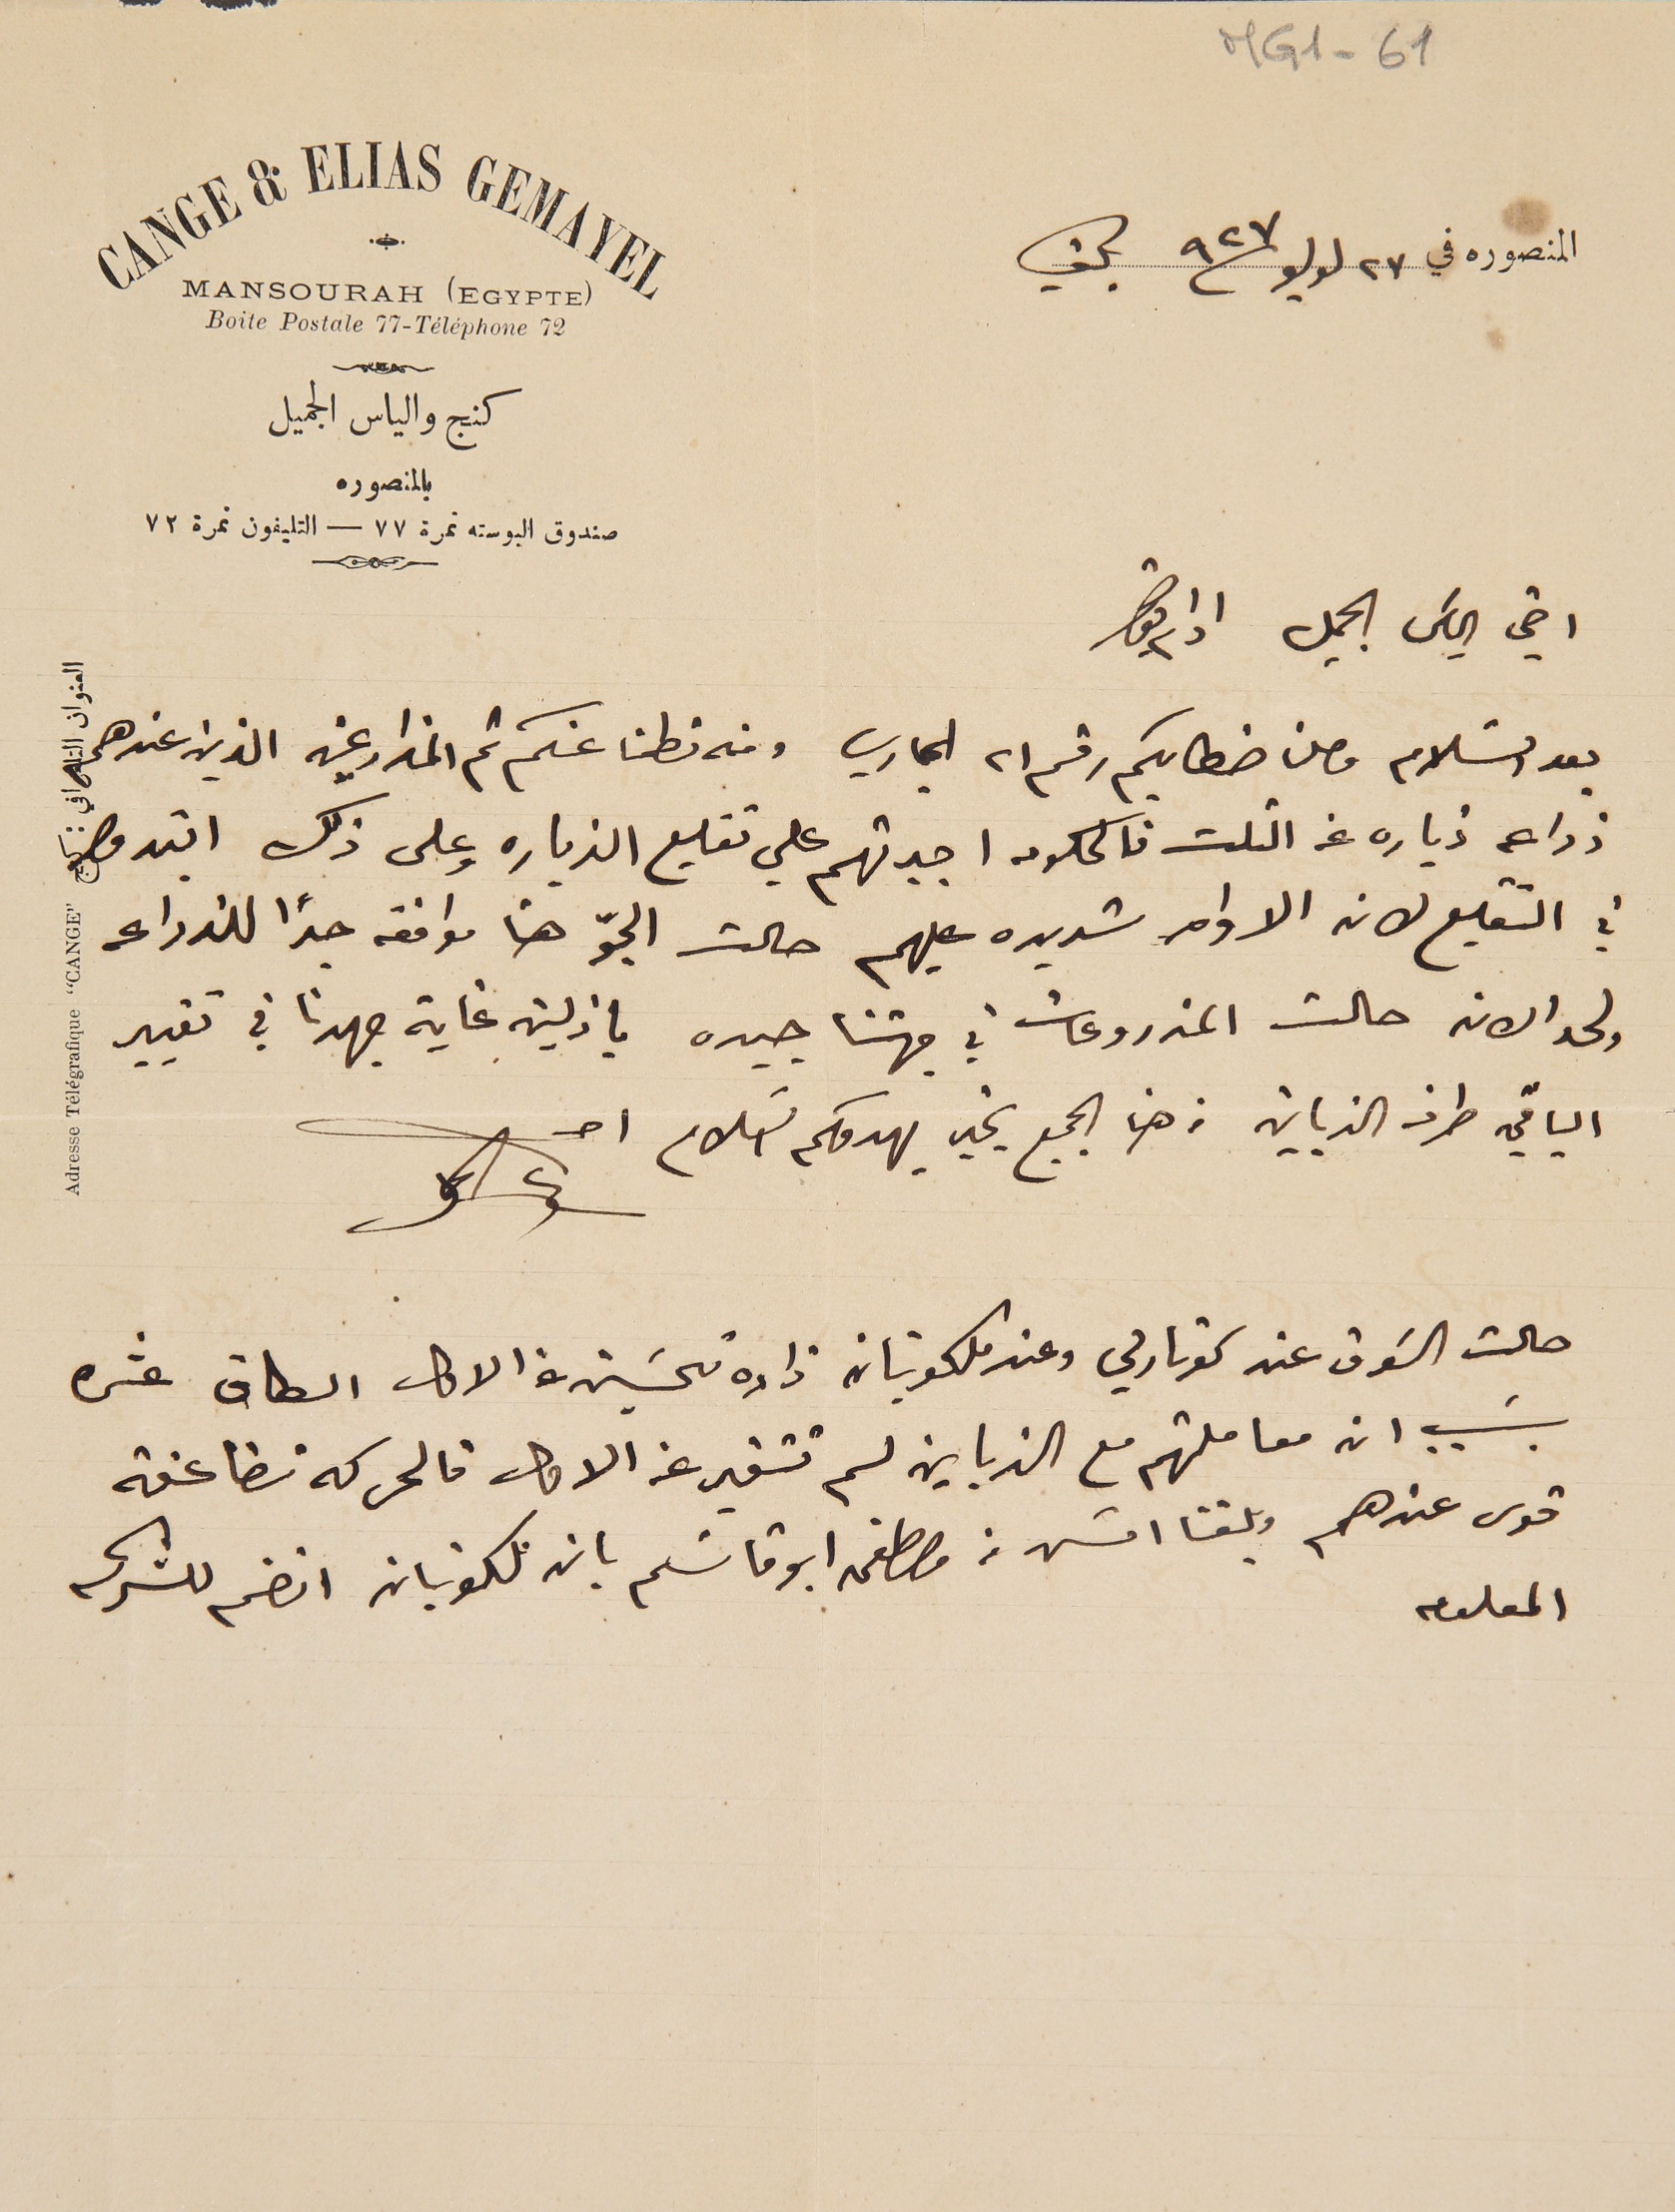
MG1-61
  المنصوره في ٢٧ لوليو ٩٢٧ بكفيا
اخي الياسَ الجميل ادام بقاك
بعد السَلام وصلنا خطابكم رقم ٢١ الجاري ومنه تطمنا عنكم ثم المزارعين الذين  عندهم
زراعه زياده عن الثلث فالحكومه اجبرتهم علي تقليع الزياده وعلى ذلك ابتدوا
في التقليع لان الاوامر شديده عليهم حالت الجوّ هنا موافقه جداً للزراعه
ولحد الان حالت المزروعات في جهتنا جيده بازلين غاية جهدنا في تغيير
الباقي طرف الزباين من هنا الجميع بخير يهدوكم السَلام
حالت السَوق عند كوتارلي وعند ملكونيان زاده تحسَين عن الاول الطاق عشره
بسَبب ان معاملتهم مع الزباين لم تتغير عن الاول فالحركه تضاعفة
قوى عندهم وبلغنا امسَ من مصطفى ابو قاسَم بان ملكونيان انضم للشركه
المعلوم
CANGE & ELIAS GEMAYEL
MANSOURAH (EGYPTE)
Boite Postale 77-Téléphone 72
كنج والياس الجميل
بالمنصوره
صندوق البوسته نمرة ٧٧ – التليفون نمرة ٧٢